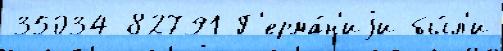
35034 82791 Г'ерма́н'иjи бы́л'и